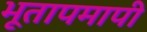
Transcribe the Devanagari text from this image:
भूतापमापी